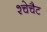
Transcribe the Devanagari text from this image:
श्चेचैट